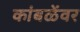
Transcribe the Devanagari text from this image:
कांबळेंवर